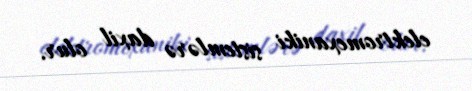
elektromexaniki sistemlərə daxil olur.